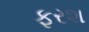
ફરશ